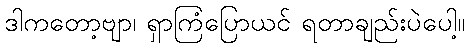
ဒါကတော့ဗျာ၊ ရှာကြံပြောယင် ရတာချည်းပဲပေါ့။